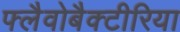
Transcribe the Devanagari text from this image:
फ्लैवोबैक्टीरिया